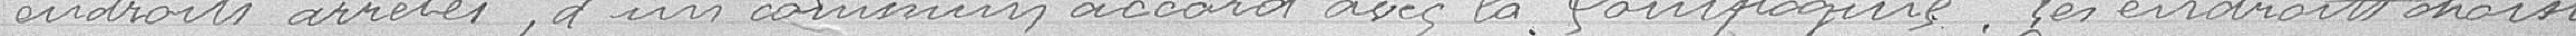
endroits arrêtés, d'un commun accord avec la Compagnie. Les endroits choisis